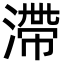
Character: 滯